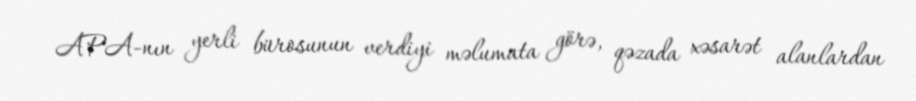
APA-nın yerli bürosunun verdiyi məlumata görə, qəzada xəsarət alanlardan